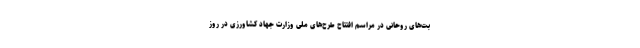
بت‌های روحانی در مراسم افتتاح طرح‌های ملی وزارت جهاد کشاورزی در روز